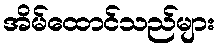
အိမ်ထောင်သည်များ